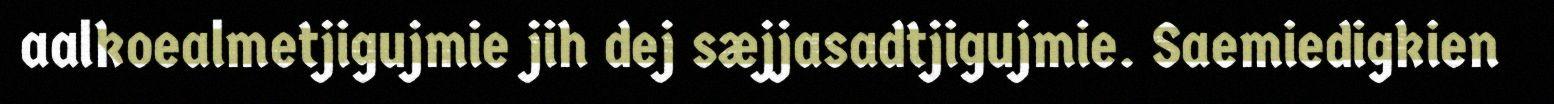
aalkoealmetjigujmie jih dej sæjjasadtjigujmie. Saemiedigkien